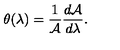
\theta ( \lambda ) = { \frac { 1 } { \cal A } } { \frac { d { \cal A } } { d \lambda } } .